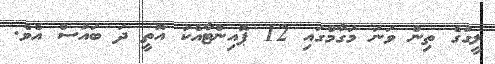
ލީގުގެ ތިން ވަނަ މަގާމްގައި 12 ޕޮއިންޓާއެކު އޮތީ ދަ ބައުސް އެވެ.